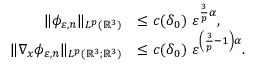
\begin{array} { r l } { \| \phi _ { \varepsilon , n } \| _ { L ^ { p } ( \mathbb { R } ^ { 3 } ) } } & { \leq c ( \delta _ { 0 } ) \ \varepsilon ^ { \frac { 3 } { p } \alpha } , } \\ { \| \nabla _ { x } \phi _ { \varepsilon , n } \| _ { L ^ { p } ( \mathbb { R } ^ { 3 } ; \mathbb { R } ^ { 3 } ) } } & { \leq c ( \delta _ { 0 } ) \ \varepsilon ^ { \left( \frac { 3 } { p } - 1 \right) \alpha } . } \end{array}